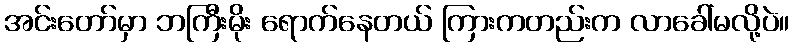
အင်းတော်မှာ ဘကြီးမိုး ရောက်နေတယ် ကြားကတည်းက လာခေါ်မလို့ပဲ။